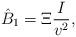
LaTeX: \begin{align*} \hat{B}_1=\Xi \frac{I}{v^2},\end{align*}